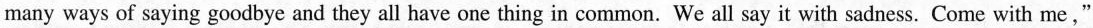
many ways of saying goodbye and they all have one thing in common. We all say it with sadness. Come with me,"